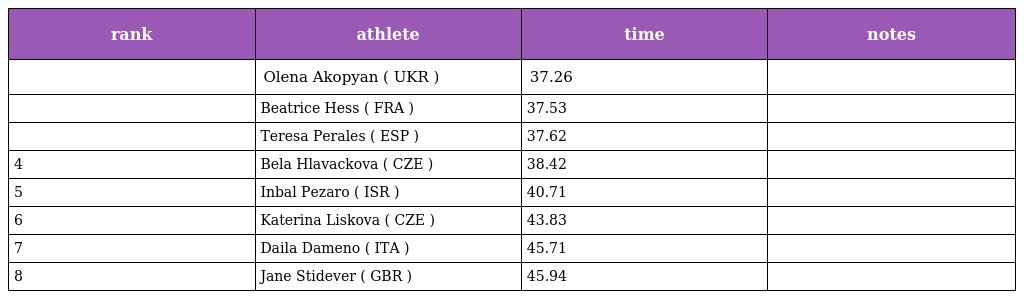
| rank | athlete | time | notes |
 | --- | --- | --- | --- |
 |  | Olena Akopyan ( UKR ) | 37.26 |  |
 |  | Beatrice Hess ( FRA ) | 37.53 |  |
 |  | Teresa Perales ( ESP ) | 37.62 |  |
 | 4 | Bela Hlavackova ( CZE ) | 38.42 |  |
 | 5 | Inbal Pezaro ( ISR ) | 40.71 |  |
 | 6 | Katerina Liskova ( CZE ) | 43.83 |  |
 | 7 | Daila Dameno ( ITA ) | 45.71 |  |
 | 8 | Jane Stidever ( GBR ) | 45.94 |  |